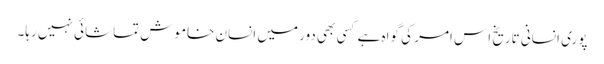
پوری انسانی تاریخ اِس امر کی گواہ ہے کسی بھی دور میں انسان خاموش تماشائی نہیں رہا۔